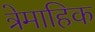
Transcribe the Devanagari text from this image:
त्रेमाहिक